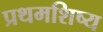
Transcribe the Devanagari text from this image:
प्रथमशिष्य